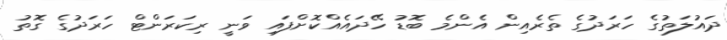
ދައުލަތުގެ ހަރަދުގެ ތެރެއިން އެންމެ ބޮޑު ހޭދައެއްކޮށްފައި ވަނީ ރިކަރަންޓް ހަރަދުގެ ގޮތު